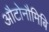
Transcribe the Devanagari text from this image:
औटोनौमिबि